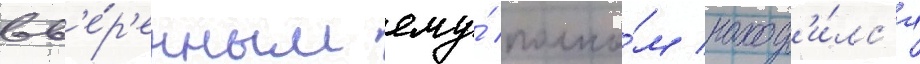
вв'е́р'енным ему́ полко́м наход'и́лс'я